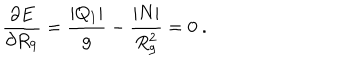
{ \frac { \partial E } { \partial R _ { 9 } } } = { \frac { | Q _ { 1 } | } { g } } - { \frac { | N | } { R _ { 9 } ^ { 2 } } } = 0 \ .